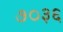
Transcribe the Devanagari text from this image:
७०३६